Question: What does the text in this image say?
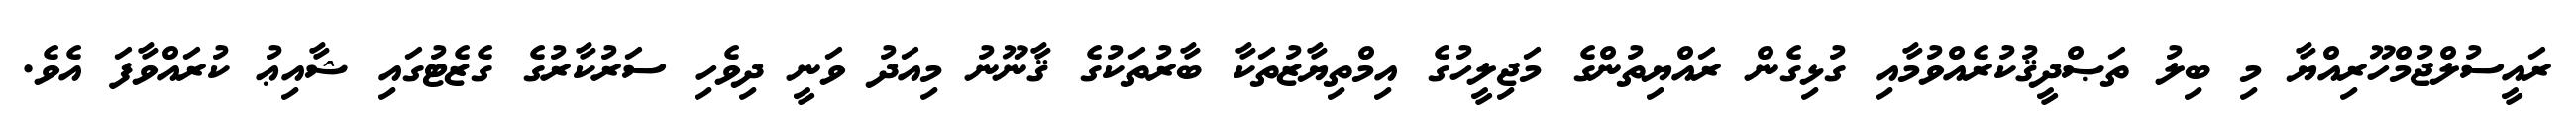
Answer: ރައީސުލްޖުމްހޫރިއްޔާ މި ބިލު ތަޞްދީޤުކުރެއްވުމާއި ގުޅިގެން ރައްޔިތުންގެ މަޖިލީހުގެ އިމްތިޔާޒުތަކާ ބާރުތަކުގެ ޤާނޫނު މިއަދު ވަނީ ދިވެހި ސަރުކާރުގެ ގެޒެޓުގައި ޝާއިޢު ކުރައްވާފަ އެވެ.